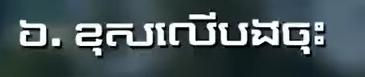
៦. ខុសលើបងចុះ